Rangoon Lunatic Asylum 1878-1892 - 1878-1892
Year: 1878
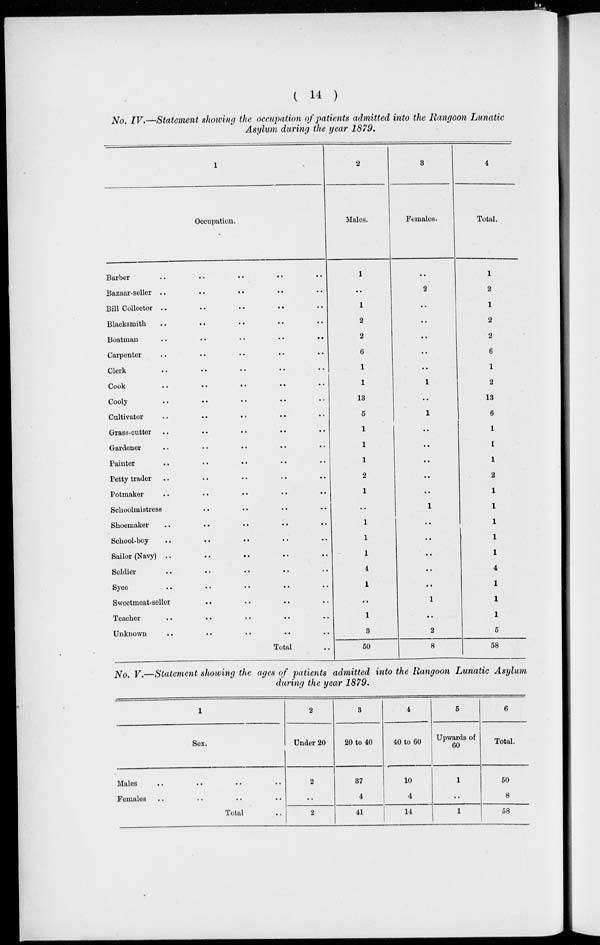
( 14 )
No. IV.—Statement showing the occupation of patients admitted into the Rangoon Lunatic
Asylum during the year 1879.
1
Occupation.
Barber
..
..
..
..
..
Bazaar-seller
..
..
..
..
..
Bill Collector
..
..
..
..
..
Blacksmith .. .. .. .. ..
Boatman
..
..
..
..
..
Carpenter .. .. .. .. ..
Clerk
..
..
..
..
..
Cook
..
..
..
..
..
Cooly
..
..
..
..
..
Cultivator .. .. .. .. ..
Grass-cutter
..
..
..
..
..
Gardener .. .. .. .. ..
Painter .. .. .. .. ..
Petty trader .. .. .. .. ..
Potmaker .. .. .. .. ..
Schoolmistress .. .. .. .. ..
Shoemaker
..
..
..
..
..
School-boy
..
..
..
..
..
Sailor (Navy)
..
..
..
..
..
Soldier .. .. .. .. ..
Syce .. .. .. .. ..
Sweetmeat-seller .. .. .. .. ..
Teacher .. .. .. .. ..
Unknown .. .. .. .. ..
Total ..
2
Males.
1
..
1
2
2
6
1
1
13
5
1
1
1
2
1
..
1
1
1
4
1
..
1
3
50
3
Females.
..
2
..
..
..
..
..
1
..
1
..
..
..
..
..
1
..
..
..
..
..
1
..
2
8
4
Total.
1
2
1
2
2
6
1
2
13
6
1
1
1
2
1
1
1
1
1
4
1
1
1
5
58
No. V.—Statement showing the ages of patients admitted into the Rangoon Lunatic Asylum
during the year 1879.
1
Sex.
Males .. .. .. ..
Females .. .. .. ..
Total ..
2
Under 20
2
..
2
3
20 to 40
37
4
41
4
40 to 60
10
4
14
5
Upwards of
60
1
..
1
6
Total.
50
8
58